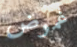
غموض